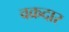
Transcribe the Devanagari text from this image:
वक्रदार